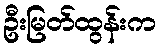
ဦးမြတ်ထွန်းက